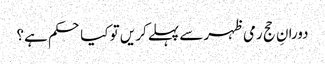
دورانِ حج رمی ظہر سے پہلےکر یں تو کیا حکم ہے؟